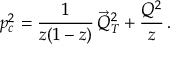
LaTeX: p _ { c } ^ { 2 } = \frac { 1 } { z ( 1 - z ) } \, \vec { Q } _ { T } ^ { 2 } + \frac { Q ^ { 2 } } { z } \, .